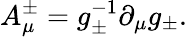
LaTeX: A_{\mu}^{\pm}=g_{\pm}^{-1}\partial_{\mu}g_{\pm}.